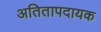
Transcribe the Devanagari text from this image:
अतितापदायक